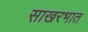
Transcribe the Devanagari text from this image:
साखरभात